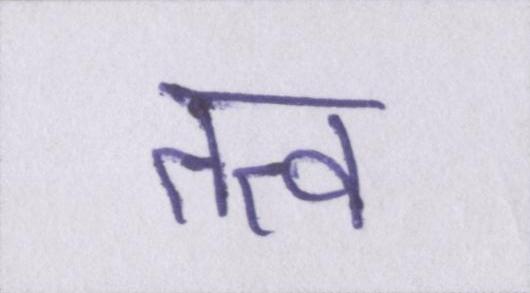
तत्व